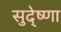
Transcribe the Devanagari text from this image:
सुदे्ष्णा